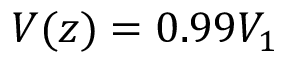
V ( z ) = 0 . 9 9 V _ { 1 }